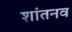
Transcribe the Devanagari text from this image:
शांतनव